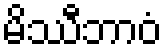
မိဿီဘာဝံ